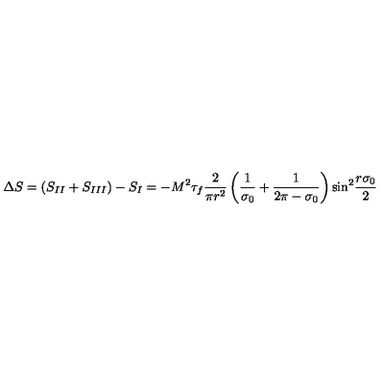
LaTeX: \Delta S = ( S _ { I I } + S _ { I I I } ) - S _ { I } = - M ^ { 2 } \tau _ { f } \frac { 2 } { \pi r ^ { 2 } } \left( \frac { 1 } { \sigma _ { 0 } } + \frac { 1 } { 2 \pi - \sigma _ { 0 } } \right) { \sin } ^ { 2 } \frac { r \sigma _ { 0 } } { 2 }